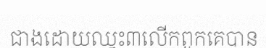
ជាងដោយឈ្នះ៣លើកពួកគេបាន